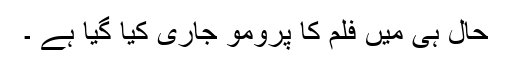
حال ہی میں فلم کا پرومو جاری کیا گیا ہے ۔